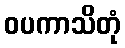
ဝပကာသိတုံ